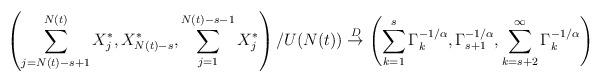
LaTeX: \begin{align*}\left( \sum_{j=N(t)-s+1}^{N(t)}X_{j}^{\ast },X_{N(t)-s}^{\ast},\sum_{j=1}^{N(t)-s-1}X_{j}^{\ast }\right) /U(N(t))\overset{D}{\rightarrow }\left( \sum_{k=1}^{s}\Gamma _{k}^{-1/\alpha },\Gamma _{s+1}^{-1/\alpha},\sum_{k=s+2}^{\infty }\Gamma _{k}^{-1/\alpha }\right)\end{align*}